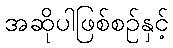
အဆိုပါဖြစ်စဉ်နှင့်